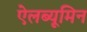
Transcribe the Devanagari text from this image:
ऐलब्यूमिन